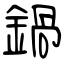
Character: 鍋